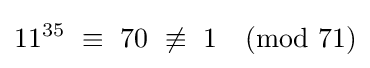
11^{35}\ \equiv \ 70\ \not \equiv \ 1{\pmod {71}}